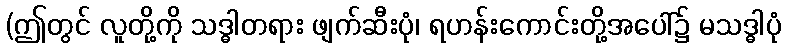
(ဤတွင် လူတို့ကို သဒ္ဓါတရား ဖျက်ဆီးပုံ၊ ရဟန်းကောင်းတို့အပေါ်၌ မသဒ္ဓါပုံ